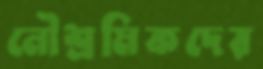
নৌশ্রমিকদের